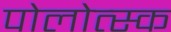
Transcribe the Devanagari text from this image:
पोलोत्स्क